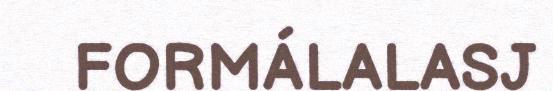
FORMÁLALASJ